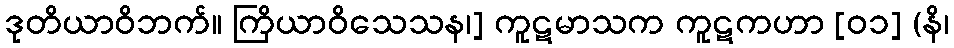
ဒုတိယာဝိဘက်။ ကြိယာဝိသေသန၊] ကူဋမာသက ကူဋကဟာ [၀၁] (နိ၊